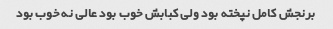
برنجش کامل نپخته بود ولی کبابش خوب بود عالی نه خوب بود